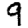
Digit: 9